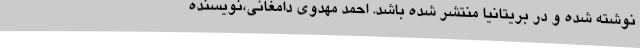
نوشته شده و در بریتانیا منتشر شده باشد. احمد مهدوی دامغانی،نویسنده